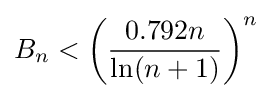
B_{n}<\left({\frac {0.792n}{\ln(n+1)}}\right)^{n}